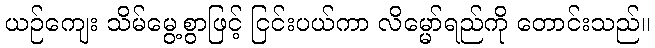
ယဉ်ကျေး သိမ်မွေ့စွာဖြင့် ငြင်းပယ်ကာ လိမ္မော်ရည်ကို တောင်းသည်။